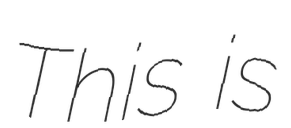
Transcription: This is